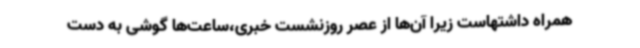
همراه داشتهاست زیرا آن‌ها از عصر روزنشست خبری،ساعت‌ها گوشی به دست